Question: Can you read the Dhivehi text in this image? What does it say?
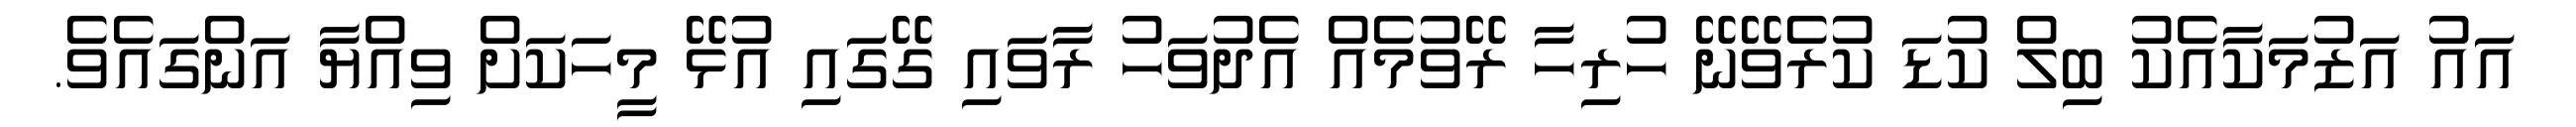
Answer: އައު އަޒުމަކާއެކު ބިލް ކުޑަ ކުރެވޭނޭ ހުރިހާ ރޭވުމެއް އެދުވަހު ރާވައި ގޭގައި އުޅޭ މީހަކަށް ވިއްޔާ އަންގައެވެ.